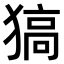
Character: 𤠖